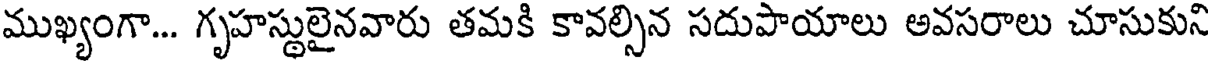
ముఖ్యంగా... గృహస్థులైనవారు తమకి కావల్సిన సదుపాయాలు అవసరాలు చూసుకుని